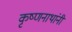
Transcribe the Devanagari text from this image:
कृष्णनाथांनी